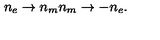
n _ { e } \rightarrow n _ { m } n _ { m } \rightarrow - n _ { e } .